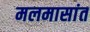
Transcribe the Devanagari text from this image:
मलमासांत